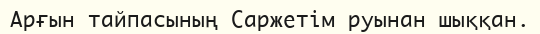
Арғын тайпасының Саржетім руынан шыққан.